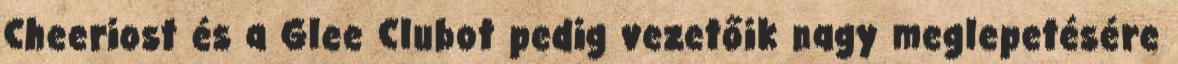
Cheeriost és a Glee Clubot pedig vezetőik nagy meglepetésére